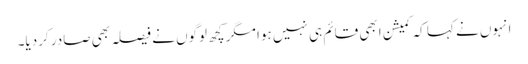
انہوں نے کہا کہ کمیشن ابھی قائم ہی نہیں ہوا مگر کچھ لوگوں نے فیصلہ بھی صادر کردیا۔